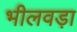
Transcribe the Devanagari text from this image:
भीलवड़ा